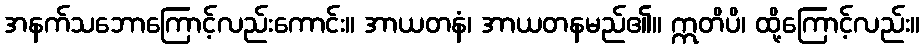
အနက်သဘောကြောင့်လည်းကောင်း။ အာယတနံ၊ အာယတနမည်၏။ ဣတိပိ၊ ထို့ကြောင့်လည်း။